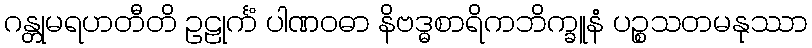
ဂန္တုမရဟတီတိ ဥဠုင်္ကံ ပါဏဝဓာ နိဗဒ္ဓစာရိကဘိက္ခူနံ ပဉ္စသတမနုဿာ